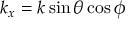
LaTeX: k _ { x } = k \sin \theta \cos \phi \,